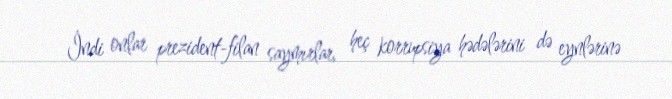
İndi onlar prezident-filan saymırlar, heç korrupsiya hədələrini də eynlərinə